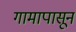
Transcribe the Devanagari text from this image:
गामापासून